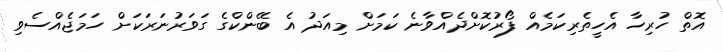
އޮތް ހުރިހާ އެހީތެރިކަމެއް ފޯރުކޮށްދެއްވާނެ ކަމަށް މިއަދު އެ ބޭންކްގެ ގަވަރުނަރަކަށް ހަމަޖެއްސެވި